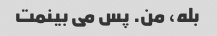
بله، من. پس می بینمت